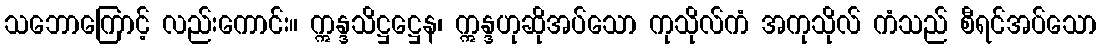
သဘောကြောင့် လည်းကောင်း။ ဣန္ဒသိဋ္ဌဋ္ဌေန၊ ဣန္ဒဟုဆိုအပ်သော ကုသိုလ်ကံ အကုသိုလ် ကံသည် စီရင်အပ်သော